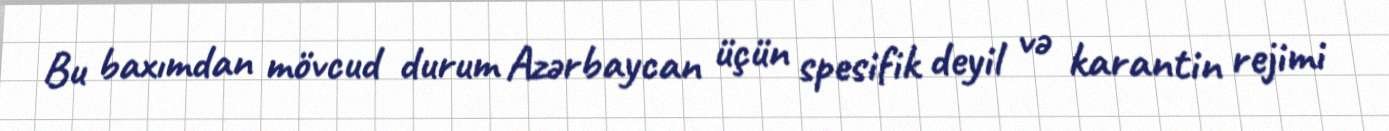
Bu baxımdan mövcud durum Azərbaycan üçün spesifik deyil və karantin rejimi